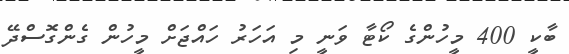
ބާކީ 400 މީހުންގެ ކޯޓާ ވަނީ މި އަހަރު ހައްޖަށް މީހުން ގެންގޮސްދޭ